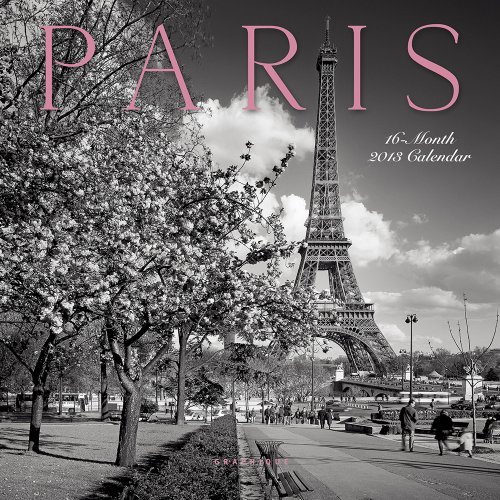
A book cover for Paris 2013 Calendar; Graphique De France; Calendars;